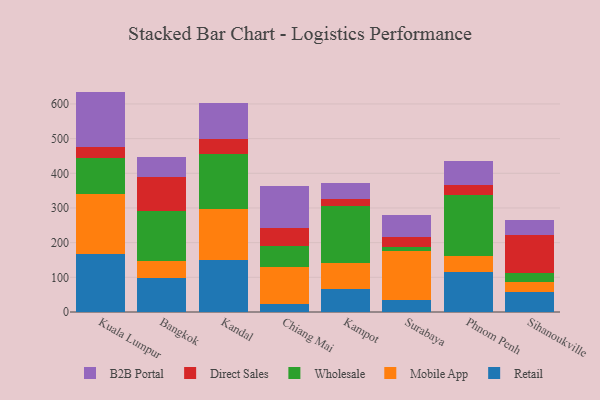
{"axis": {"x": "City", "y": "Gross Profit (USD K)"}, "legend": ["B2B Portal", "Direct Sales", "Mobile App", "Retail", "Wholesale"], "data": [{"x": "Kuala Lumpur", "y": 167.9, "type": "Retail"}, {"x": "Kuala Lumpur", "y": 173.5, "type": "Mobile App"}, {"x": "Kuala Lumpur", "y": 103.9, "type": "Wholesale"}, {"x": "Kuala Lumpur", "y": 29.4, "type": "Direct Sales"}, {"x": "Kuala Lumpur", "y": 160.9, "type": "B2B Portal"}, {"x": "Bangkok", "y": 98.1, "type": "Retail"}, {"x": "Bangkok", "y": 48.2, "type": "Mobile App"}, {"x": "Bangkok", "y": 143.8, "type": "Wholesale"}, {"x": "Bangkok", "y": 99.4, "type": "Direct Sales"}, {"x": "Bangkok", "y": 56.5, "type": "B2B Portal"}, {"x": "Kandal", "y": 148.7, "type": "Retail"}, {"x": "Kandal", "y": 149.7, "type": "Mobile App"}, {"x": "Kandal", "y": 158.4, "type": "Wholesale"}, {"x": "Kandal", "y": 41.2, "type": "Direct Sales"}, {"x": "Kandal", "y": 104.4, "type": "B2B Portal"}, {"x": "Chiang Mai", "y": 22.7, "type": "Retail"}, {"x": "Chiang Mai", "y": 107.3, "type": "Mobile App"}, {"x": "Chiang Mai", "y": 61.1, "type": "Wholesale"}, {"x": "Chiang Mai", "y": 51.6, "type": "Direct Sales"}, {"x": "Chiang Mai", "y": 120.9, "type": "B2B Portal"}, {"x": "Kampot", "y": 65.3, "type": "Retail"}, {"x": "Kampot", "y": 77.0, "type": "Mobile App"}, {"x": "Kampot", "y": 163.2, "type": "Wholesale"}, {"x": "Kampot", "y": 21.3, "type": "Direct Sales"}, {"x": "Kampot", "y": 45.8, "type": "B2B Portal"}, {"x": "Surabaya", "y": 33.7, "type": "Retail"}, {"x": "Surabaya", "y": 142.9, "type": "Mobile App"}, {"x": "Surabaya", "y": 10.1, "type": "Wholesale"}, {"x": "Surabaya", "y": 30.3, "type": "Direct Sales"}, {"x": "Surabaya", "y": 62.9, "type": "B2B Portal"}, {"x": "Phnom Penh", "y": 115.4, "type": "Retail"}, {"x": "Phnom Penh", "y": 47.4, "type": "Mobile App"}, {"x": "Phnom Penh", "y": 175.2, "type": "Wholesale"}, {"x": "Phnom Penh", "y": 27.0, "type": "Direct Sales"}, {"x": "Phnom Penh", "y": 70.7, "type": "B2B Portal"}, {"x": "Sihanoukville", "y": 57.1, "type": "Retail"}, {"x": "Sihanoukville", "y": 30.8, "type": "Mobile App"}, {"x": "Sihanoukville", "y": 25.4, "type": "Wholesale"}, {"x": "Sihanoukville", "y": 108.6, "type": "Direct Sales"}, {"x": "Sihanoukville", "y": 44.0, "type": "B2B Portal"}]}